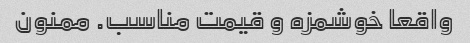
واقعا خوشمزه و قیمت مناسب. ممنون